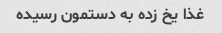
غذا یخ زده به دستمون رسیده